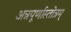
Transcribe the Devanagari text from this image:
अन्नपूर्णास्तोत्रम्